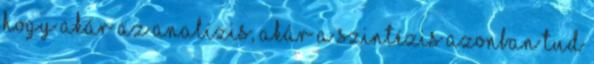
hogy akár az analízis, akár a szintézis azonban tud